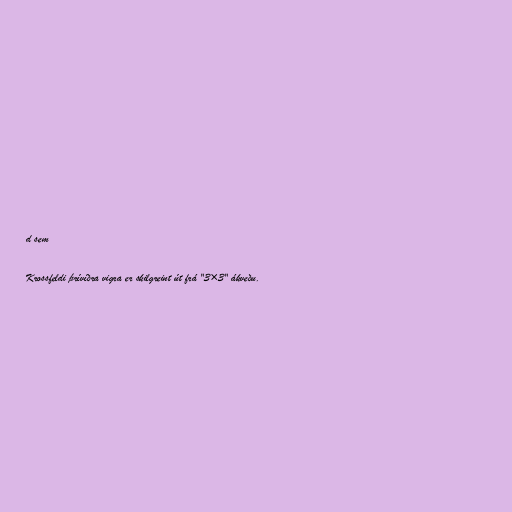
d sem

Krossfeldi þrívíðra vigra er skilgreint út frá "3×3" ákveðu.